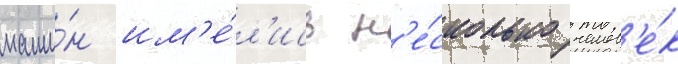
маши́н им'е́л'ись н'е́сколько челов'е́к